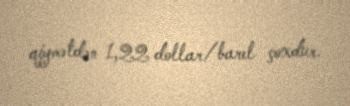
qiymətdən 1,22 dollar/barel çoxdur.